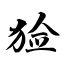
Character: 猃